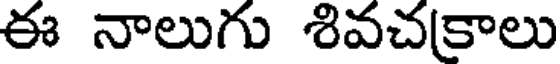
ఈ నాలుగు శివచకాలు